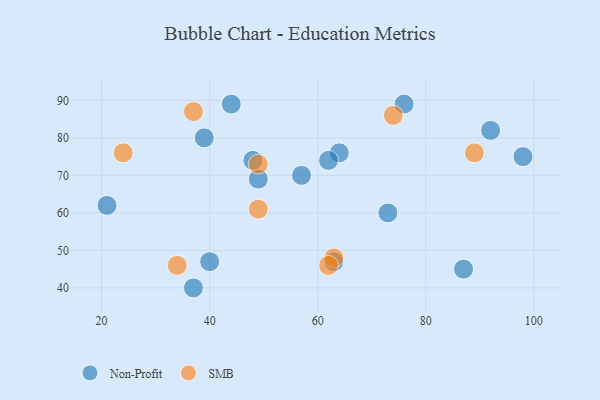
{"axis": {"x": "GDP", "y": "Life Expectancy"}, "legend": ["Non-Profit", "SMB"], "data": [{"x": "57", "y": 70, "type": "Non-Profit"}, {"x": "63", "y": 47, "type": "Non-Profit"}, {"x": "49", "y": 69, "type": "Non-Profit"}, {"x": "48", "y": 74, "type": "Non-Profit"}, {"x": "64", "y": 76, "type": "Non-Profit"}, {"x": "76", "y": 89, "type": "Non-Profit"}, {"x": "98", "y": 75, "type": "Non-Profit"}, {"x": "73", "y": 60, "type": "Non-Profit"}, {"x": "62", "y": 74, "type": "Non-Profit"}, {"x": "87", "y": 45, "type": "Non-Profit"}, {"x": "92", "y": 82, "type": "Non-Profit"}, {"x": "37", "y": 40, "type": "Non-Profit"}, {"x": "39", "y": 80, "type": "Non-Profit"}, {"x": "44", "y": 89, "type": "Non-Profit"}, {"x": "40", "y": 47, "type": "Non-Profit"}, {"x": "21", "y": 62, "type": "Non-Profit"}, {"x": "37", "y": 87, "type": "SMB"}, {"x": "34", "y": 46, "type": "SMB"}, {"x": "89", "y": 76, "type": "SMB"}, {"x": "49", "y": 61, "type": "SMB"}, {"x": "24", "y": 76, "type": "SMB"}, {"x": "74", "y": 86, "type": "SMB"}, {"x": "49", "y": 73, "type": "SMB"}, {"x": "63", "y": 48, "type": "SMB"}, {"x": "62", "y": 46, "type": "SMB"}]}